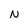
Character: N